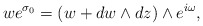
\begin{align*}w e^{\sigma_{0}} = (w + dw\wedge dz)\wedge e^{i\omega},\end{align*}